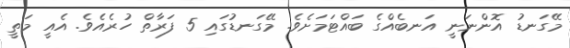
މޭގަނޑު އޮންނަނީ އަނބެއްގެ ބައްޓަމަށެވެ. މޭގަނޑުގައި 5 ފަރާތް ހުރެއެވެ. އެއީ މަތީ